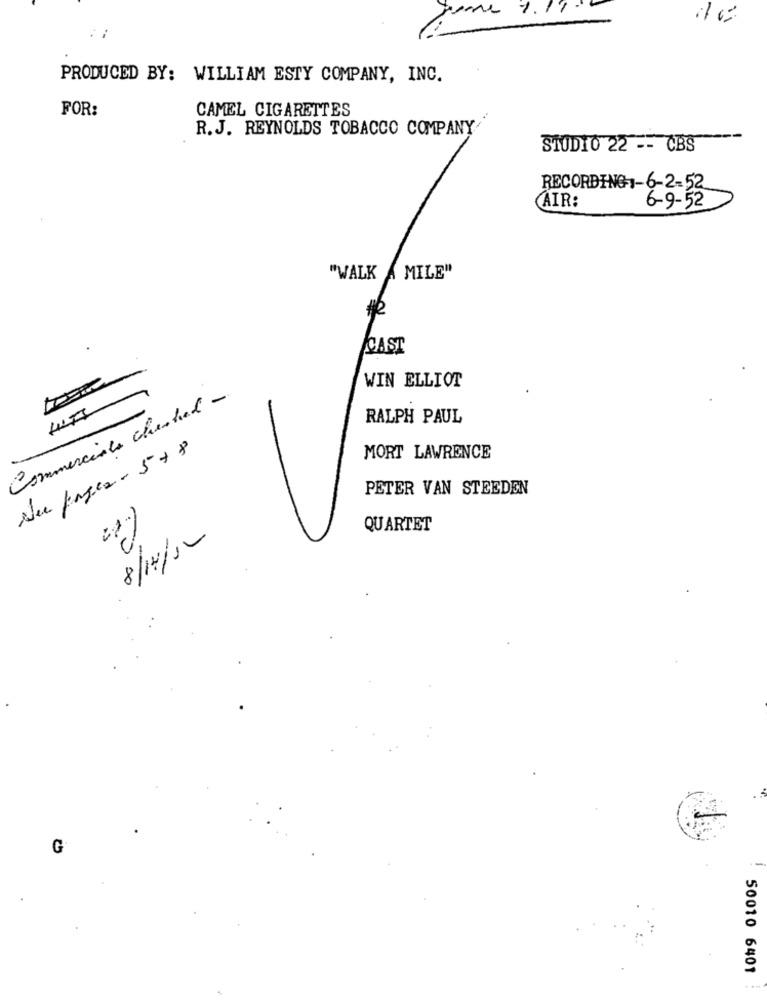
um 9.11
PRODUCED BY: WILLIAM ESTY COMPANY, INC.
FOR:
CAMEL CIGARETTES
R.J. REYNOLDS TOBACCO COMPANY
STUDIO 22 -- CBS
RECORDING1-6-2-52
AIR:
6-9-52
"WALK A MILE"
#2
CAST
WIN ELLIOT
Commerciale chested -
RALPH PAUL
Nue pages - 578
MORT LAWRENCE
PETER VAN STEEDEN
QUARTET
8/14/10
G
50010 6401